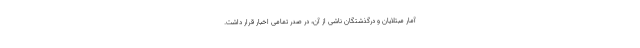
آمار مبتلایان و درگذشتگان ناشی از آن، در صدر تمامی اخبار قرار داشت.